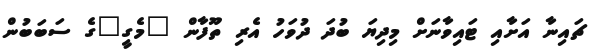
ޗައިނާ އަށާއި ޓައިވާނަށް މިދިޔަ ބުދަ ދުވަހު އެރި ތޫފާން "މެގީ"ގެ ސަބަބުން